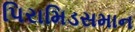
પિરામિડસમાન